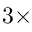
3 \times